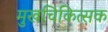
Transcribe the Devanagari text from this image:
मुखचिकित्सक